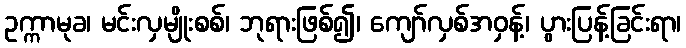
ဥက္ကာမုခ၊ မင်းလှမျိုးစစ်၊ ဘုရားဖြစ်၍၊ ကျော်လှစ်အဝှန့်၊ ပွားပြန့်ခြင်းရာ၊